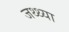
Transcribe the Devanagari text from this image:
जथ्थ्या